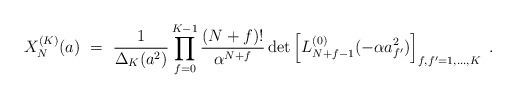
\begin{align*}X_N^{(K)}(a) \ = \ \frac{1}{\Delta_K(a^2)} \prod_{f=0}^{K-1} \frac{(N+f)!}{\alpha^{N+f}} \det\left[L_{N+f-1}^{(0)}(-\alpha a_{f'}^2)\right]_{f,f^\prime=1,\ldots,K} \ .\end{align*}